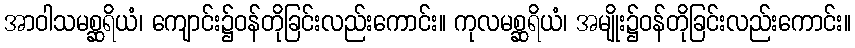
အာဝါသမစ္ဆရိယံ၊ ကျောင်း၌ဝန်တိုခြင်းလည်းကောင်း။ ကုလမစ္ဆရိယံ၊ အမျိုး၌ဝန်တိုခြင်းလည်းကောင်း။